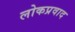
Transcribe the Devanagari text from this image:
लोकप्रवाद